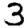
Digit: 3